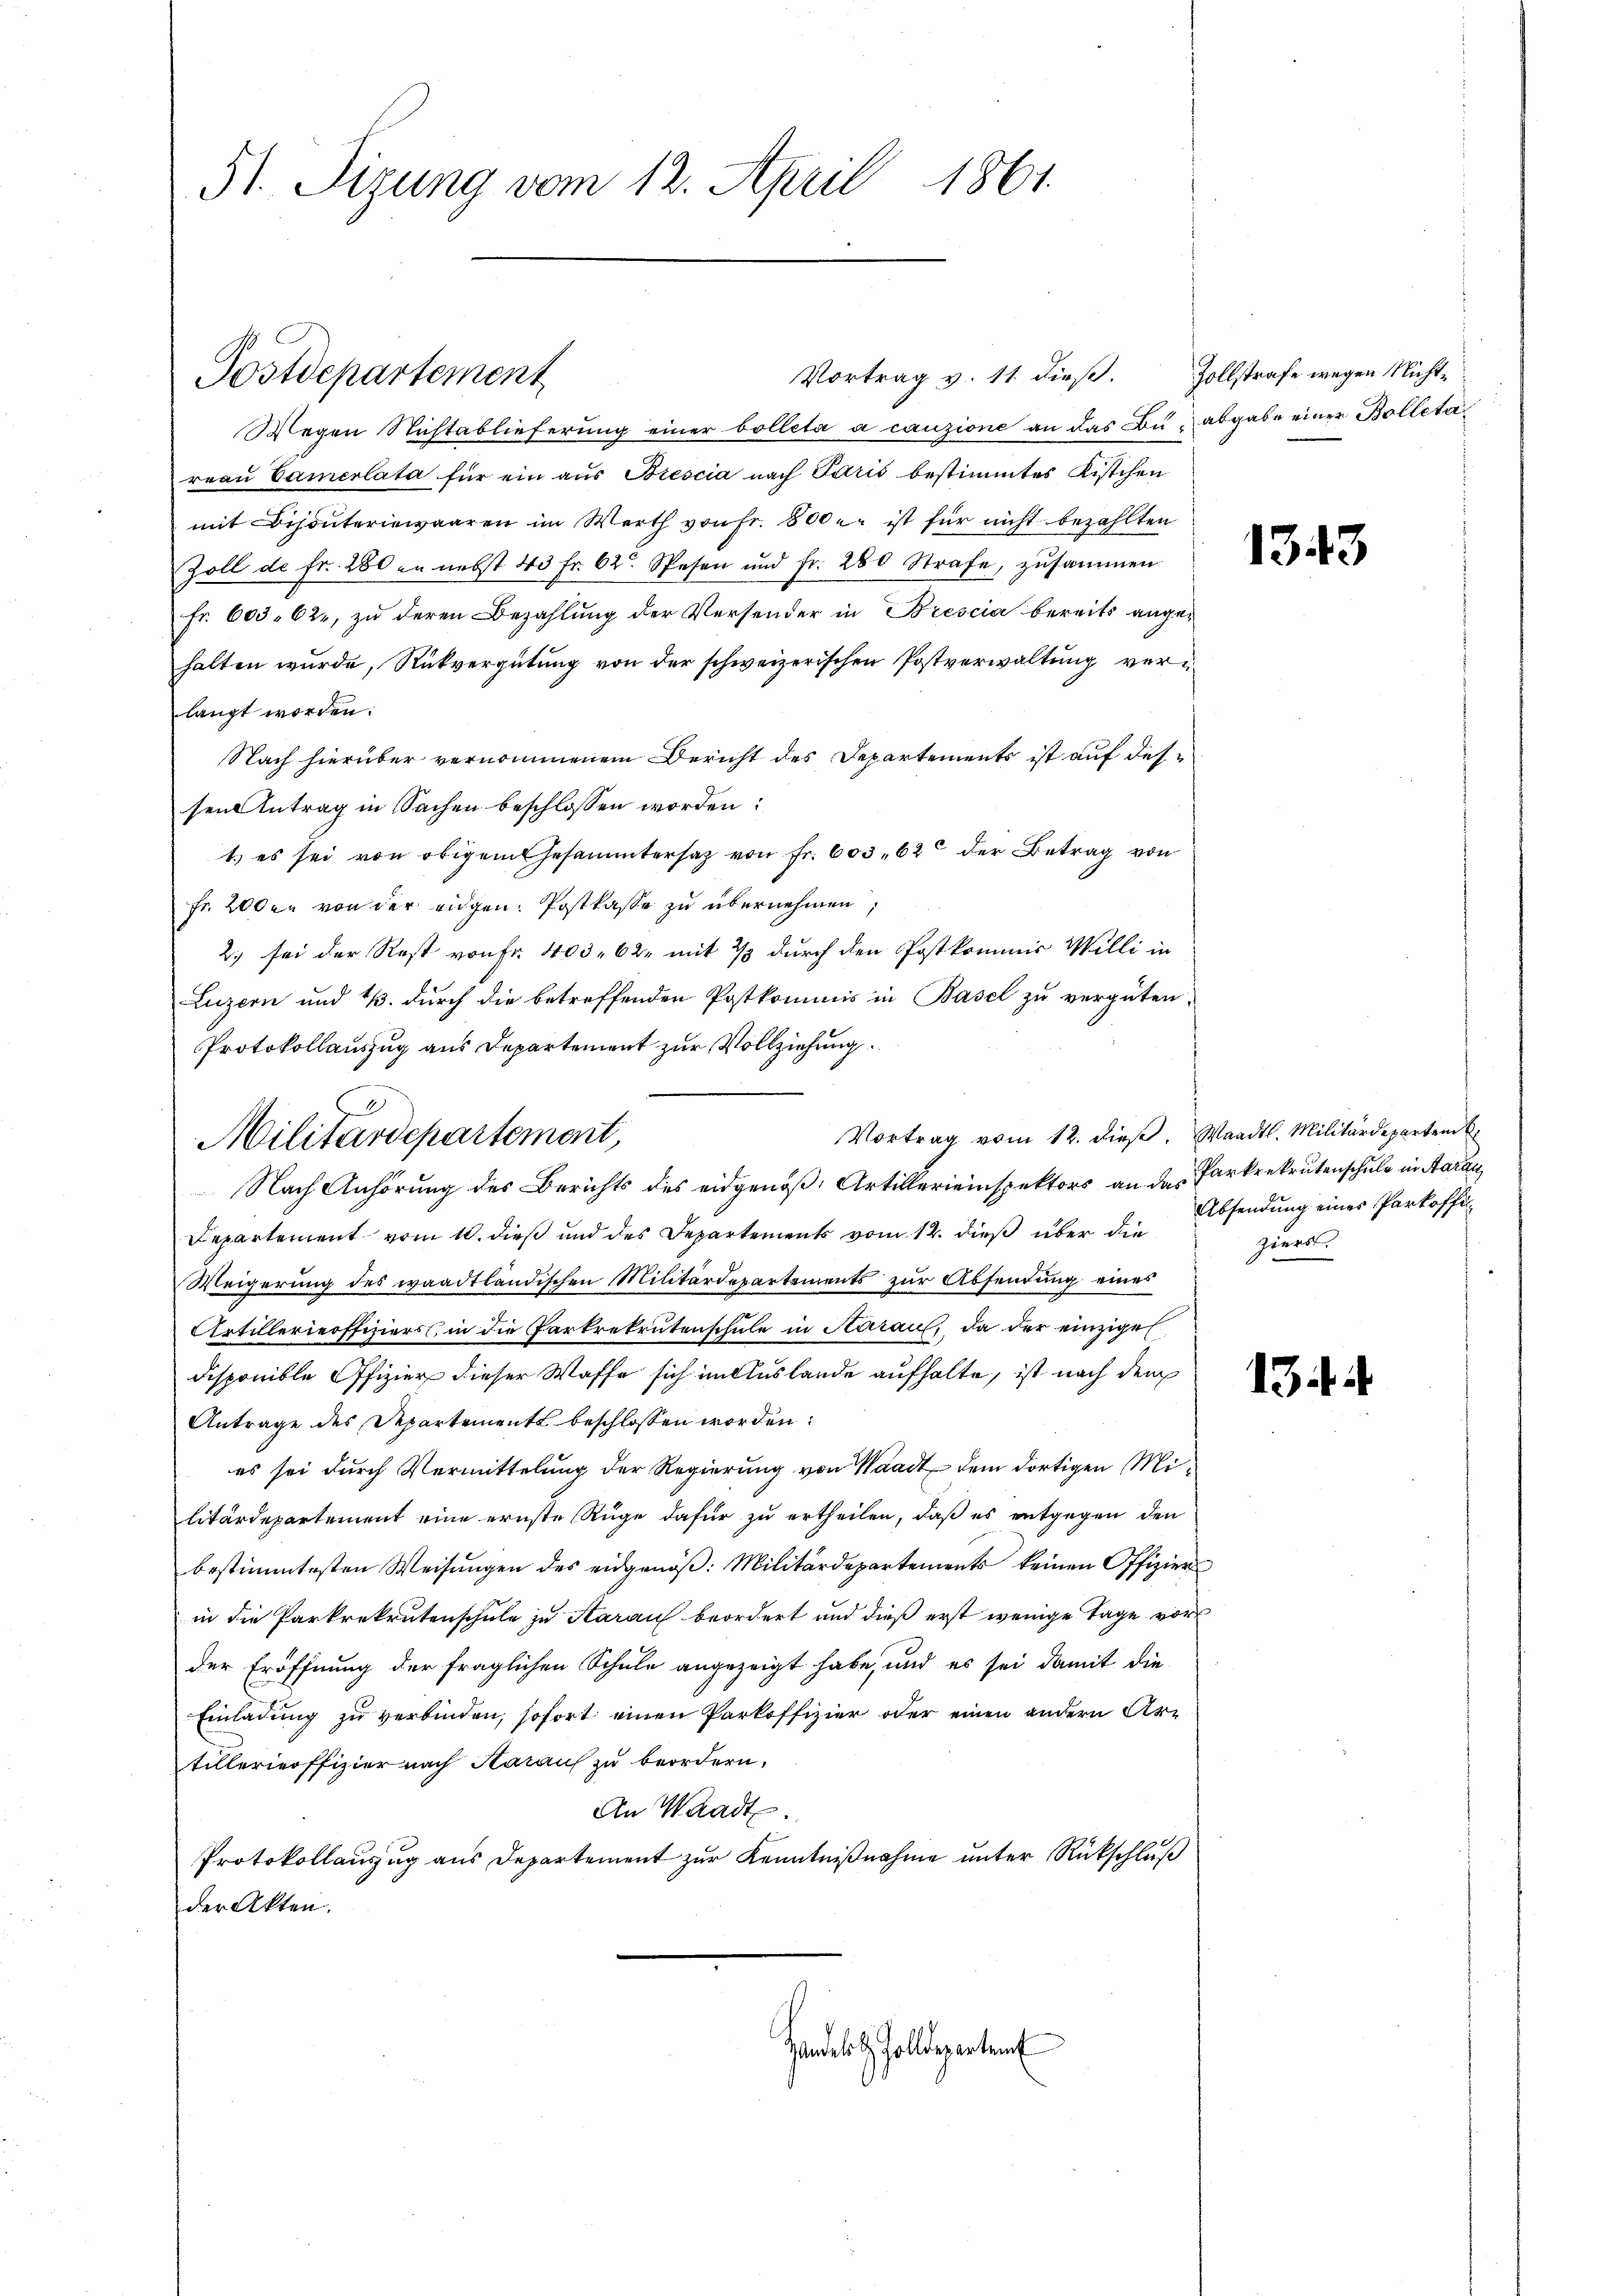
51. Sizung vom 12. April 1861.

Postdepartement

Vortrag vom 12. dieß. Waadt. Militärdepartem
Militärdepartement,

Vortrag v. 11 dieß. Zollstrafe wegen Nicht¬
Wegen Nichtablieferung einer bolleta a cauzione an das Bu- abgabe einer Bolletareaŭ Camerlata für ein aus Brescia nach Paris bestimmtes Kistchen
mit Bijouteriewaaren im Werth von Fr. 800 l. ist für nicht bezahlten
Zoll de fr. 280 an nebst 43 Fr. 62. Spesen und Fr. 280 Strafe, zusammen
fr. 603. 62, zŭ deren Bezahlŭng der Versender in Brescia bereits angehalten wurde, Rückvergütung von der schweizerischen Postverwaltung verlangt worden.
Nach hierüber vernommenen Bericht des Departements ist auf dessen Antrag in Sachen beschlossen worden:
1.) es sei von obigem Gesammtersatz von Fr. 603, 620 der Betrag von
fr. 200 er von der eidgen: Postkasse zu übernehmen,
2) sei der Rest von Fr. 403. 62. mit 2/3 durch den Postkommis Willi in
Luzern und 13. durch die betreffenden Postkommis in Basel zu vergüten,
Protokollauszug aus Departement zur Vollziehung.
Nach Anhörung des Berichts des eidgenöß, Artillereinspektors an das Parkrekrutenschule in Aarau
Departement vom 10. dieß und des Departements vom 12. dieß über die
Weigerung des waadtländischen Militärdepartements zŭr Absendung eines
Artillerieoffiziers, in die Parkrekrutenschule in Aarau, da der einzigen
disponible Offizier dieser Waffe sich im Auslande aufhalte, ist nach dem
Antrage des Departements beschlossen worden:
es sei durch Vermittelung der Regierung von Waadt dem dortigen Militärdepartement eine ernste Rüge dafür zu ertheilen, daß es entgegen den
bestimmtesten Weisungen des eidgenöß: Militärdepartements keinen Offiziers
in die Parkrekrutenschule zu Aarau beordert und dieß erst wenige Tage vor
der Eröffnung der fraglichen Schule angezeigt habe, und es sei damit die
Einladung zu verbinden, sofort einen Parkoffizier oder einen andern Artillerieoffizier nach Harauf zu beordern.
An Waadt.
Protokollauszug aus Departement zur Kenntnißnahme unter Rückschluß
der Akten.
Handelt Zolldepartem

1343

Absendung eines Parkoffiziers.

1344